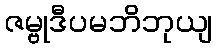
ဇမ္ဗုဒီပမဘိဘုယျ